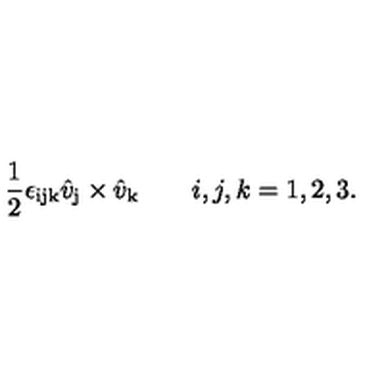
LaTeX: { \frac { 1 } { 2 } } \epsilon _ { \mathrm { i j k } } \hat { v } _ { \mathrm { j } } \times \hat { v } _ { \mathrm { k } } \qquad i , j , k = 1 , 2 , 3 .